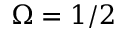
\Omega = 1 / 2